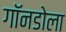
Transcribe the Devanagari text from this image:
गॉनडोला